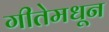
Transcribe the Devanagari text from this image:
गीतेमधून